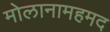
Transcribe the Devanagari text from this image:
मोलानामहमद